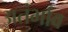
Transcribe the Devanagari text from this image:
अतंर्भाव